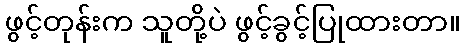
ဖွင့်တုန်းက သူတို့ပဲ ဖွင့်ခွင့်ပြုထားတာ။